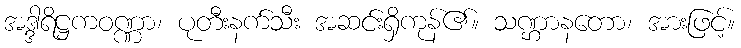
အဒ္ဒါရိဋ္ဌကဝဏ္ဏာ၊ ပုတီးနက်သီး အဆင်းရှိကုန်၏။ သဏ္ဌာနတော၊ အားဖြင့်။